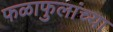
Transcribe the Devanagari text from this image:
फळाफुलांच्या